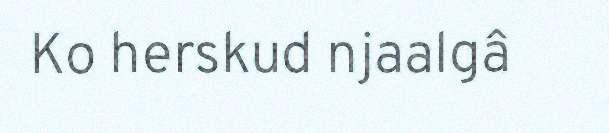
Ko herskud njaalgâ